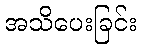
အသိပေးခြင်း